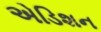
એડિશન